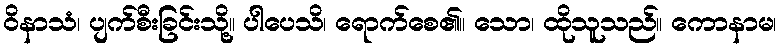
ဝိနာသံ၊ ပျက်စီးခြင်းသို့။ ပါပေသိ၊ ရောက်စေ၏။ သော၊ ထိုသူသည်။ ကောနာမ၊